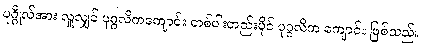
ပုဂ္ဂိုလ်အား လှူလျှင် ပုဂ္ဂလိကကျောင်း တစ်ပါးတည်းပိုင် ပုဂ္ဂလိက ကျောင်း ဖြစ်သည်။